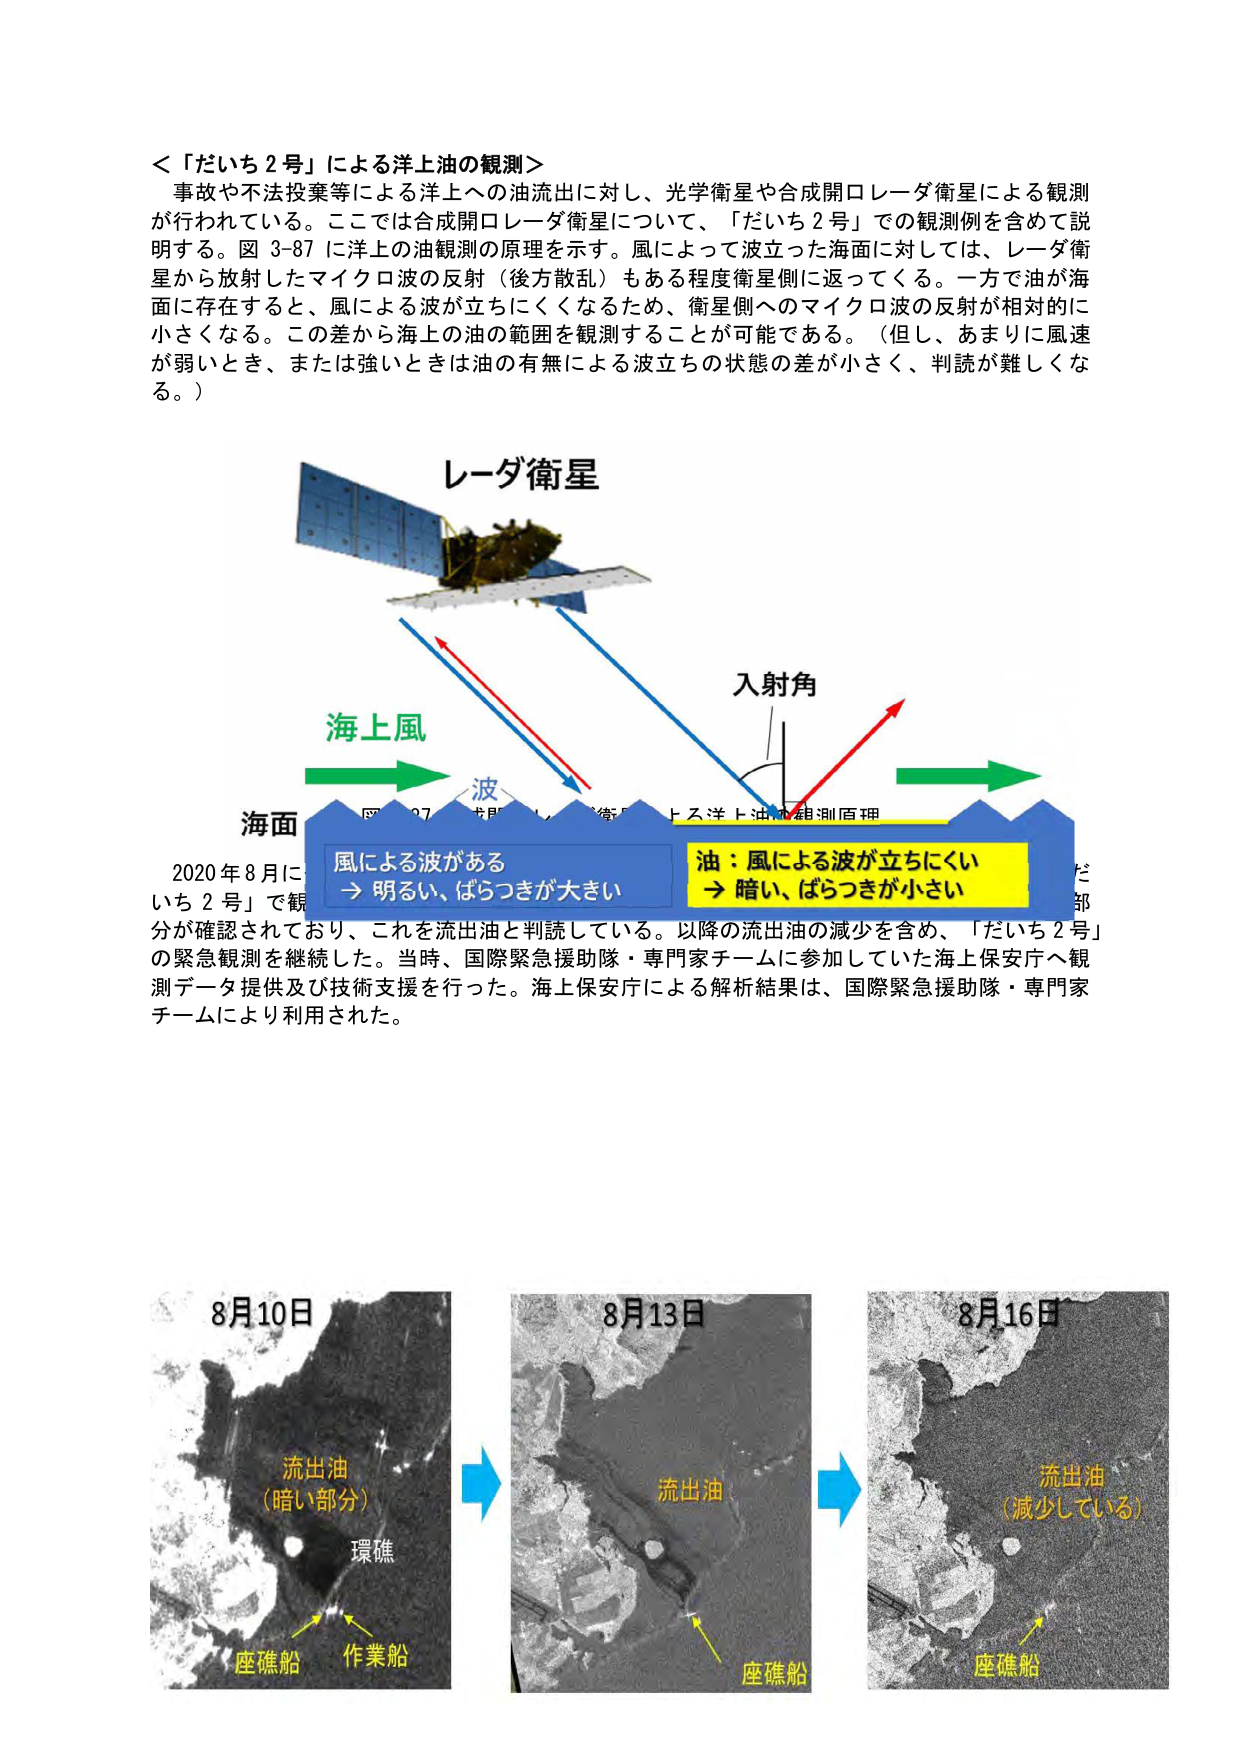
＜「だいち２号」による洋上油の観測＞
事故や不法投棄等による洋上への油流出に対し、光学衛星や合成開口レーダ衛星による観測が行われている。ここでは合成開口レーダ衛星について、「だいち２号」での観測例を含めて説明する。図 3-87 に洋上の油観測の原理を示す。風によって波立った海面に対しては、レーダ衛星から放射したマイクロ波の反射（後方散乱）もある程度衛星側に返ってくる。一方で油が海面に存在すると、風による波が立ちにくくなるため、衛星側へのマイクロ波の反射が相対的に小さくなる。この差から海上の油の範囲を観測することが可能である。（但し、あまりに風速が弱いとき、または強いときは油の有無による波立ちの状態の差が小さく、判読が難しくなる。）

レーダ衛星
海上風
海面
入射角
波
図 3-87 合成開口レーダ衛星による洋上油の観測原理
風による波がある
→ 明るい、ばらつきが大きい
油：風による波が立ちにくい
→ 暗い、ばらつきが小さい

2020年8月に「だいち２号」で観測された画像では、環礁の周辺に暗い部分が確認されており、これを流出油と判読している。以降の流出油の減少を含め、「だいち２号」の緊急観測を継続した。当時、国際緊急援助隊・専門家チームに参加していた海上保安庁へ観測データ提供及び技術支援を行った。海上保安庁による解析結果は、国際緊急援助隊・専門家チームにより利用された。

8月10日
流出油（暗い部分）
環礁
座礁船  作業船

8月13日
流出油
座礁船

8月16日
流出油（減少している）
座礁船